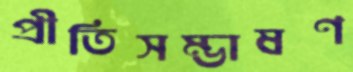
প্রীতিসম্ভাষণ